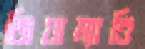
জিয়াম্যাত্তি